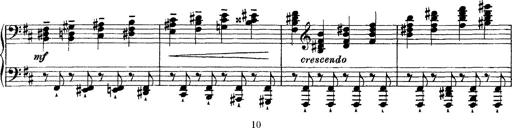
Title: Piano Sonata
Composer: Karl HÃ¤ssler
Key: C major